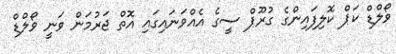
ވޯލްޑް ކަޕް ކޮލިފައިންގެ ގުރޫޕް ސީގެ އެއްވަނައިގައި އޮތް ޖަރުމަން ވަނީ ވޯލްޑް